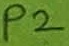
Text: P2